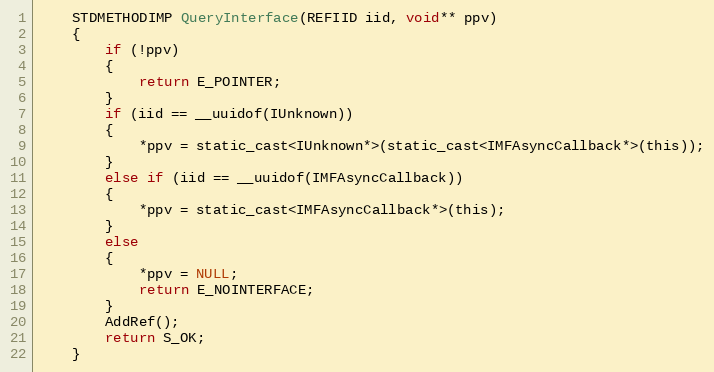
Language: C
    STDMETHODIMP QueryInterface(REFIID iid, void** ppv)
    {
        if (!ppv)
        {
            return E_POINTER;
        }
        if (iid == __uuidof(IUnknown))
        {
            *ppv = static_cast<IUnknown*>(static_cast<IMFAsyncCallback*>(this));
        }
        else if (iid == __uuidof(IMFAsyncCallback))
        {
            *ppv = static_cast<IMFAsyncCallback*>(this);
        }
        else
        {
            *ppv = NULL;
            return E_NOINTERFACE;
        }
        AddRef();
        return S_OK;
    }